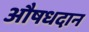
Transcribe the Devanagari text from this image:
औषधदान